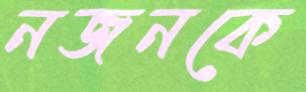
নজনকে